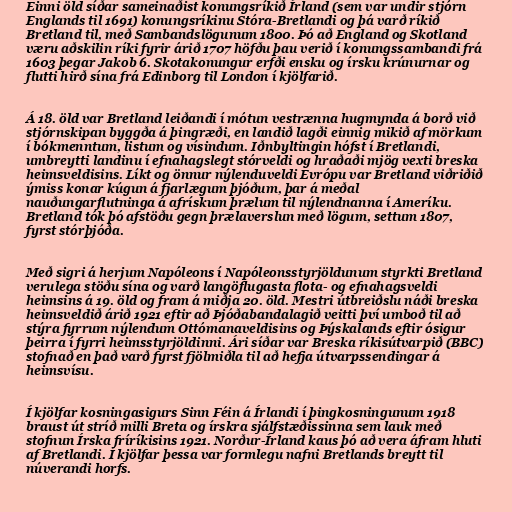
Einni öld síðar sameinaðist konungsríkið Írland (sem var undir stjórn
Englands til 1691) konungsríkinu Stóra-Bretlandi og þá varð ríkið
Bretland til, með Sambandslögunum 1800. Þó að England og Skotland
væru aðskilin ríki fyrir árið 1707 höfðu þau verið í konungssambandi frá
1603 þegar Jakob 6. Skotakonungur erfði ensku og írsku krúnurnar og
flutti hirð sína frá Edinborg til London í kjölfarið.

Á 18. öld var Bretland leiðandi í mótun vestrænna hugmynda á borð við
stjórnskipan byggða á þingræði, en landið lagði einnig mikið af mörkum
í bókmenntum, listum og vísindum. Iðnbyltingin hófst í Bretlandi,
umbreytti landinu í efnahagslegt stórveldi og hraðaði mjög vexti breska
heimsveldisins. Líkt og önnur nýlenduveldi Evrópu var Bretland viðriðið
ýmiss konar kúgun á fjarlægum þjóðum, þar á meðal
nauðungarflutninga á afrískum þrælum til nýlendnanna í Ameríku.
Bretland tók þó afstöðu gegn þrælaverslun með lögum, settum 1807,
fyrst stórþjóða.

Með sigri á herjum Napóleons í Napóleonsstyrjöldunum styrkti Bretland
verulega stöðu sína og varð langöflugasta flota- og efnahagsveldi
heimsins á 19. öld og fram á miðja 20. öld. Mestri útbreiðslu náði breska
heimsveldið árið 1921 eftir að Þjóðabandalagið veitti því umboð til að
stýra fyrrum nýlendum Ottómanaveldisins og Þýskalands eftir ósigur
þeirra í fyrri heimsstyrjöldinni. Ári síðar var Breska ríkisútvarpið (BBC)
stofnað en það varð fyrst fjölmiðla til að hefja útvarpssendingar á
heimsvísu.

Í kjölfar kosningasigurs Sinn Féin á Írlandi í þingkosningunum 1918
braust út stríð milli Breta og írskra sjálfstæðissinna sem lauk með
stofnun Írska fríríkisins 1921. Norður-Írland kaus þó að vera áfram hluti
af Bretlandi. Í kjölfar þessa var formlegu nafni Bretlands breytt til
núverandi horfs.